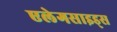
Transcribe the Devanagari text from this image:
एलेगसाइड्स